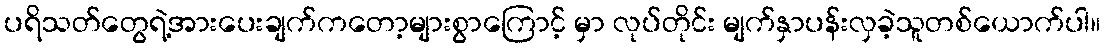
ပရိသတ်တွေရဲ့အားပေးချက်ကတော့များစွာကြောင့် မှာ လုပ်တိုင်း မျက်နှာပန်းလှခဲ့သူတစ်ယောက်ပါ။